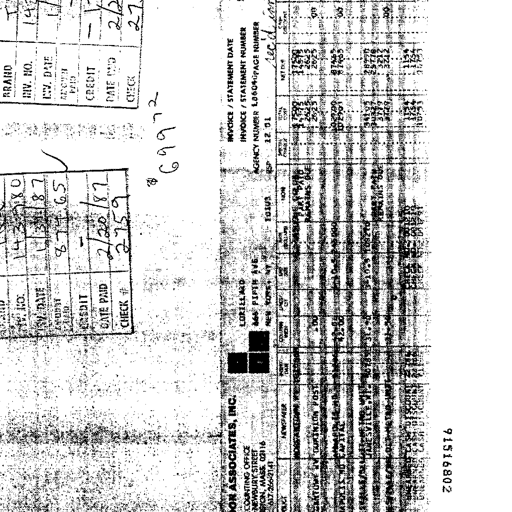
Transcript:
I 147 1/17 - 2/2 27.59
BRAND
INV. NO.
INV. DATE
AMOUNT PAID
CREDIT
DATE PAID
CHECK #
INV. NO. 143980
INV. DATE 1/31/87
AMOUNT PAID 874.65
CREDIT -
DATE PAID 2/20/87
CHECK # 2759
# 69972
INVOICE / STATEMENT DATE
INVOICE / STATEMENT NUMBER
AGENCY NUMBER 1.0604 PAGE NUMBER
LORILLARD
666 FIFTH AVE
NEW YORK, NY 10103
ESP 12 01
rec'd jan
ASSOCIATES, INC.
COUNTING OFFICE
NEWBURY STREET
BOSTON, MASS. 02116
617-266-2141
ADVERTISER
PRODUCT
NEWSPAPER
INSERTION DATE
COLUMN INCH
LINES OR QTY
RATE
GROSS DOLLARS
NONE
SPECIAL CHARGE
TOTAL COST
NET DUE
CASH DISCOUNT
MORGANTOWN, WV POST
01/11/87
1.00
81.25
81.25
81.25
PART PAID
REMAINS DUE
17.99
14.95
3.04
17.99
14.95
3.04
00
MORGANTOWN, WV DOMINION POST
01/18/87
1.00
81.25
81.25
81.25
26.25
26.25
26.25
26.25
00
ANNAPOLIS, MD CAPITAL
01/11/87
1.00
42.00
42.00
42.00
102.00
102.00
87.65
87.65
00
JANESVILLE, WI GAZETTE
01/18/87
31.50
31.50
1082.70
1082.70
PART PAID
REMAINS DUE
341.35
303.27
38.08
289.90
257.78
32.12
00
SPOKANE, WA CHRONICLE-METRO-UNIT
01/25/87
3815.00
3815.00
3815.00
3815.00
3242.75
3242.75
00
UNEARNED CASH DISCOUNT 2% JAN
UNEARNED CASH DISCOUNT 2% FEB
CHECK NO. 04810
CHECK NO. 04810
11.54
11.54
11.54
11.54
UNEARNED CASH DISCOUNT FEB
CHECK NO. 04891
10.53
10.53
20891516